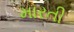
મારતી